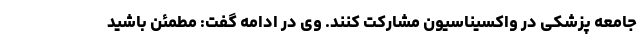
جامعه پزشکی در واکسیناسیون مشارکت کنند. وی در ادامه گفت: مطمئن باشید